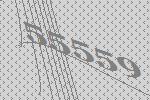
55559